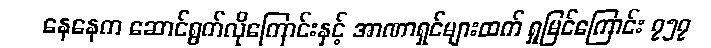
နေနေက ဆောင်ရွက်လိုကြောင်းနှင့် အာဏာရှင်များထက် ရှုမြင်ကြောင်း ၇၅၇